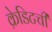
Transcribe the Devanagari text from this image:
क्रेडिटची